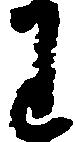
わ